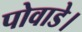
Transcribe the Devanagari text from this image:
पोवाडे।